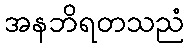
အနဘိရတသညံ